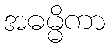
အဓမ္မိကာ